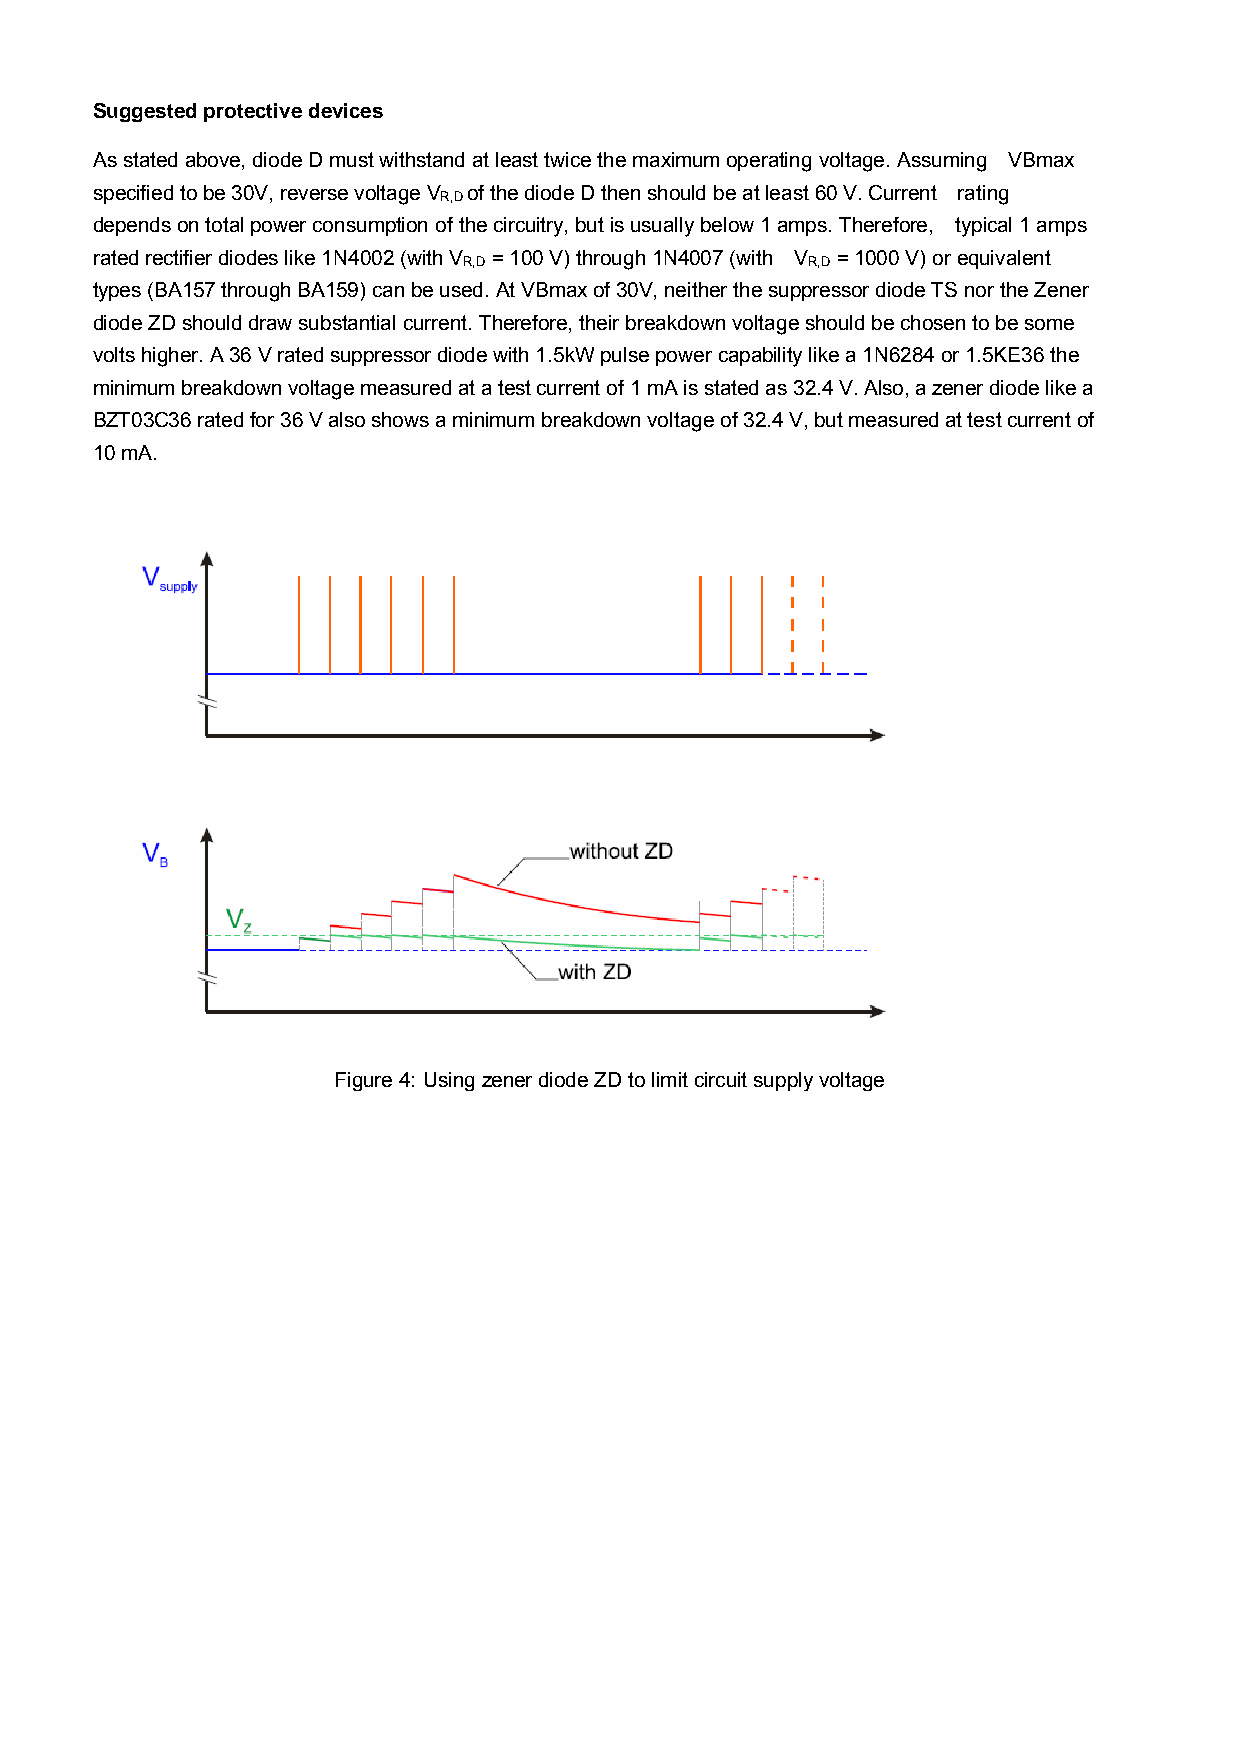
Suggestedprotectivedevices
 Asstatedabove,diodeDmustwithstandatleasttwicethemaximumoperatingvoltage.Assuming VBmax
 specifiedtobe30V,reversevoltageV ofthediodeDthenshouldbeatleast60V.Current rating
 R,D
 dependsontotalpowerconsumptionofthecircuitry,butisusuallybelow1amps.Therefore, typical1amps
 ratedrectifierdiodeslike1N4002(withV =100V)through1N4007(with V =1000V)orequivalent
 R,D                   R,D
 types(BA157throughBA159)canbeused.AtVBmaxof30V,neitherthesuppressordiodeTSnortheZener
 diodeZDshoulddrawsubstantialcurrent.Therefore,theirbreakdownvoltageshouldbechosentobesome
 voltshigher.A36Vratedsuppressordiodewith1.5kWpulsepowercapabilitylikea1N6284or1.5KE36the
 minimumbreakdownvoltagemeasuredatatestcurrentof1mAisstatedas32.4V.Also,azenerdiodelikea
 BZT03C36ratedfor36Valsoshowsaminimumbreakdownvoltageof32.4V,butmeasuredattestcurrentof
 10mA.
 Figure4: UsingzenerdiodeZDtolimitcircuitsupplyvoltage